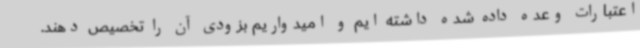
اعتبارات وعده داده شده داشته ایم و امیدواریم بزودی آن را تخصیص دهند.